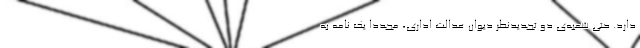
دارد. حتی شعبه‌ی دو تجدیدنظر دیوان عدالت اداری، مجدداً یک نامه به